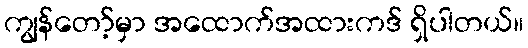
ကျွန်တော့်မှာ အထောက်အထားကဒ် ရှိပါတယ်။